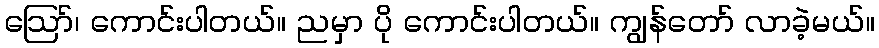
ဪ၊ ကောင်းပါတယ်။ ညမှာ ပို ကောင်းပါတယ်။ ကျွန်တော် လာခဲ့မယ်။